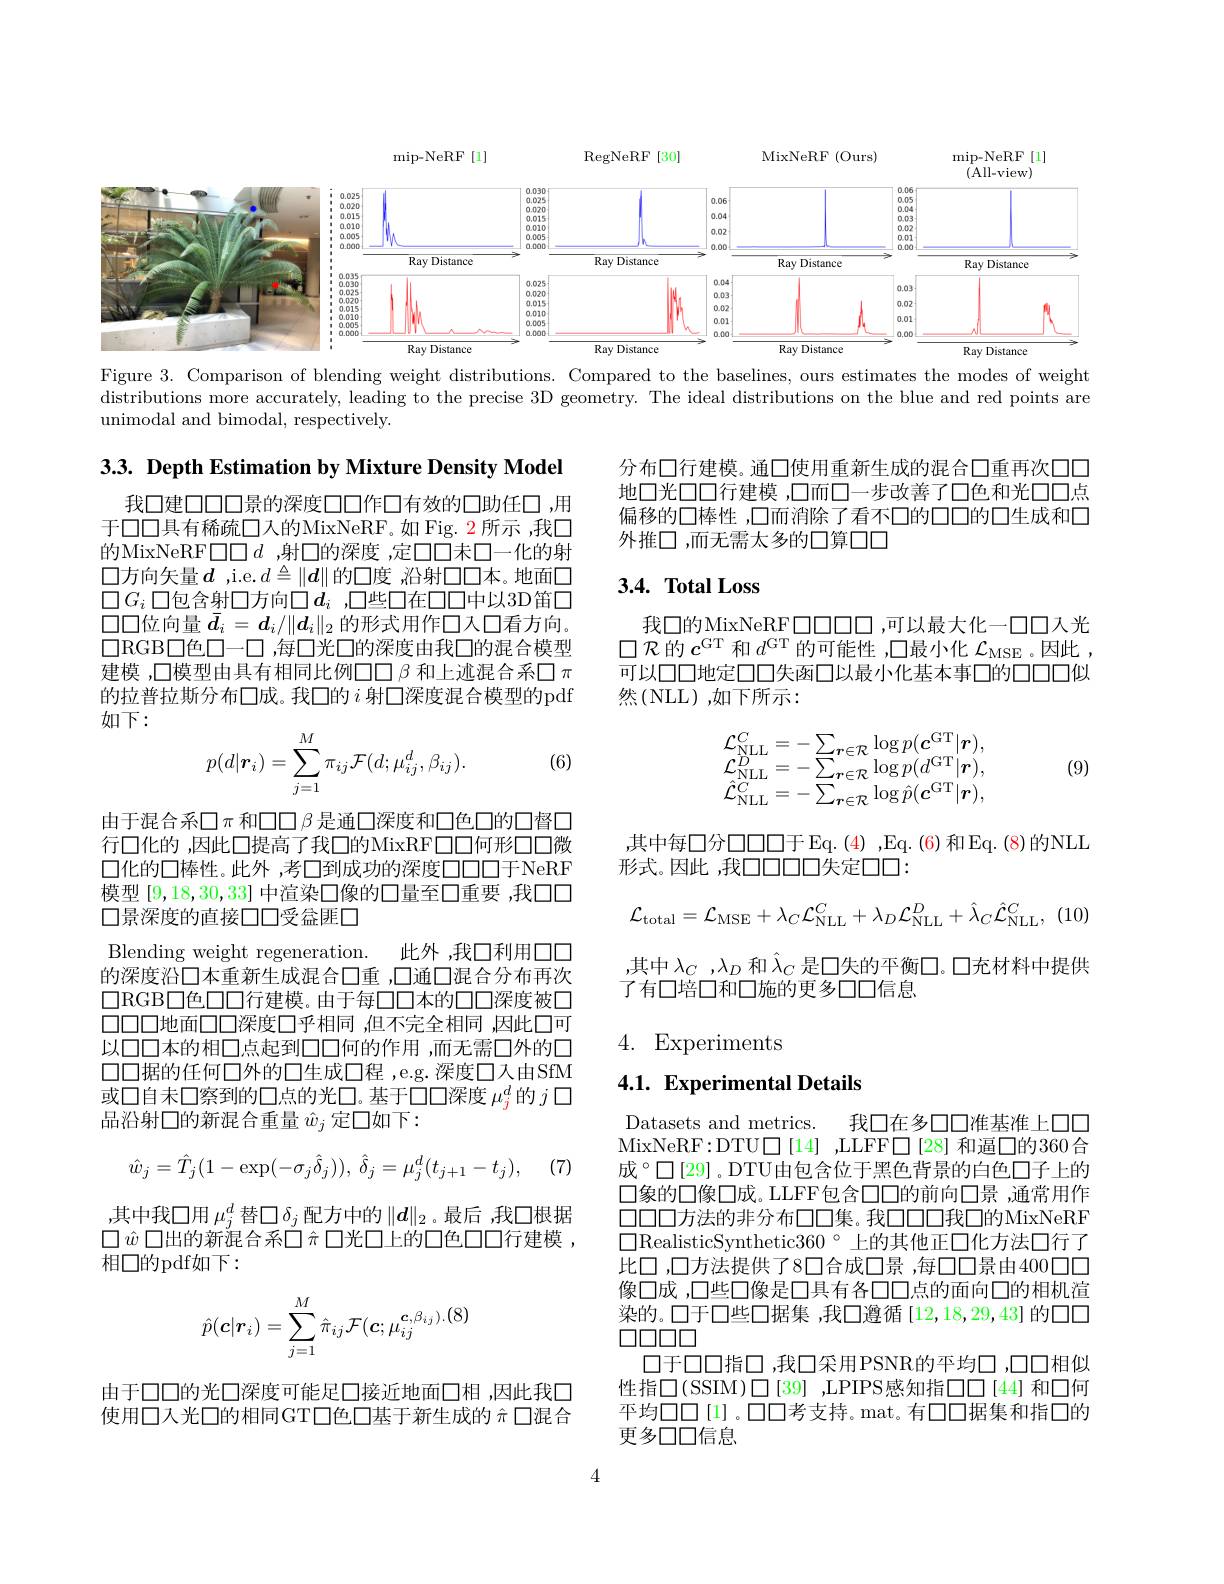
$\operatorname*{mip-NeRF}[1]$
RegNeRF[30]
MixNeRF ( Ours)
$\operatorname*{mip-NeRF}[1]$
<FigureHere>

Figure 3. Comparison of blending weight distributions. Compared to the baselines, ours estimates the modes of weight distributions more accurately, leading to the precise 3D geometry. The ideal distributions on the blue and red points are unimodal and bimodal, respectively.

3.3. Depth Estimation by Mixture Density Model

分布口行建模。通口使用重新生成的混合口重再次口口地口光口口行建模 ,口而口一步改善了口色和光口口点偏移的口棒性 ,口而消除了看不口的口口的口生成和口外推口，而无需太多的口算口口

## $3. 4. \textbf{ Total Loss}$

我口建口口口景的深度口口作口有效的口助任口 ,用于口口具有稀疏口人的MixNeRF。如 Fig. 2 所示 ,我口的MixNeRF$\square\square d$ ,射口的深度 ,定口口未口一化的射口方向矢量$d$ ,i.e.$d\triangleq\|\boldsymbol{d}\|$的口度 ,沿射口口本。地面口$\square G_i\square$包含射口方向$\square d_i$ ,口些口在口口中以3D笛口$\square\square$位向量$\bar{d}_i=d_i/\|d_i\|_2$的形式用作口入口看方向。口RGB口色口一口 ,每口光口的深度由我口的混合模型建模 ,口模型由具有相同比例口口$\beta$和上迹混合系口$\pi$ 的拉普拉斯分布口成。我口的$i$射口深度混合模型的pdf 如下：

我口的MixNeRFDODDD，可以最大化一口口入光$\square{\mathcal{R}}$的$c^\mathrm{GT}$ 和$d^\mathrm{GT}$的可能性 ,口最小化 $\mathcal{L}_\mathrm{MSE}$。因此 , 可以口口地定口口失函口以最小化基本事口的口口口似然(NLL),如下所示：

(6)
$$p(d|\boldsymbol{r}_i)=\sum_{j=1}^M\pi_{ij}\mathcal{F}(d;\mu_{ij}^d,\beta_{ij}).$$
$$\begin{array}{l}\mathcal{L}_{\mathrm{NLL}}^C=-\sum_{r\in\mathcal{R}}\log p(\boldsymbol{c}^{\mathrm{GT}}|\boldsymbol{r}),\\\mathcal{L}_{\mathrm{NLL}}^D=-\sum_{r\in\mathcal{R}}\log p(d^{\mathrm{GT}}|\boldsymbol{r}),\\\hat{\mathcal{L}}_{\mathrm{NLL}}^C=-\sum_{r\in\mathcal{R}}\log\hat{p}(\boldsymbol{c}^{\mathrm{GT}}|\boldsymbol{r}),\end{array}$$
(9)

其中每口分口口口于 Eq. (4) ,Eq. (6)和Eq. (8)的NLL
形式。因此，我口口口口失定口口：

由于混合系$\square\pi$和口口$\beta$是通口深度和口色口的口督口行口化的 ,因此口提高了我口的MixRF口口何形口口微口化的口棒性。此外，考□到成功的深度口口口于NeRF 模型[9,18,30,33]中渲染口像的口量至口重要 ,我口口口景深度的直接口口受盒匪口
$$\mathcal{L}_{\mathrm{total}}=\mathcal{L}_{\mathrm{MSE}}+\lambda_{C}\mathcal{L}_{\mathrm{NLL}}^{C}+\lambda_{D}\mathcal{L}_{\mathrm{NLL}}^{D}+\hat{\lambda}_{C}\hat{\mathcal{L}}_{\mathrm{NLL}}^{C},$$
,其中$\lambda_C,\lambda_D$ 和$\hat{\lambda}_C$ 是口失的平衡口。口充材料中提供
了有口培口和口施的更多口口信息

Blending weight regeneration.
此外，我口利用口口
的深度沿口本重新生成混合口重 ,口通口混合分布再次口RGB口色口口行建模。由于每口口本的口口深度被口口口口地面口口深度口乎相同，但不完全相同，因此口可以口口本的相口点起到口口何的作用 ,而无需口外的口$\square\square$据的任何口外的口生成口程，e.g.深度口入由SfM 或口自未口察到的口点的光口。基于口口深度$\mu_{j}^d$的$j$口品沿射口的新混合重量$\hat{w}_j$定口如下：

4. Experiments

## 4.1. Experimental Details
$$\hat{w}_{j}=\hat{T}_{j}(1-\exp(-\sigma_{j}\hat{\delta}_{j})),\:\hat{\delta}_{j}=\mu_{j}^{d}(t_{j+1}-t_{j}),$$
(7)

,其中我口用$\mu_j^d$替$\square\delta_j$配方中的$\|\boldsymbol{d}\|_2$。最后 ,我口根据$\square\hat{w}\square\ddot{\text{出的新混合系口 }\pi}\square$光口上的口色口口行建模， 相口的pdf如下：

Datasets and metrics.
我口在多口口准基准上口口
MixNeRF:DTU□[14] ,LLFF□[28] 和逼口的360合成°口[29]。DTU由包含位于黑色背景的白色口子上的口象的口像口成。LLFF包含口口的前向口景 ,通常用作$\square\square\square\square$方法的非分布口口集。我口口口我口的MixNeRF $\square$RealisticSynthetic360°上的其他正口化方法口行了比口 ,口方法提供了8口合成口景 ,每口口景由400口口像口成，口些口像是口具有各口口点的面向口的相机渲染的。口于口些口据集 ,我口遵循 [12,18,29,43] 的口口$\square\square\square\square\square$
口于口口指口，我口采用PSNR的平均口，口口相似性指$\square($SSIM)$\square[39]$ ,LPIPS感知指$\square\square$ [44] 和口何平均口口[1]。口口考支持。mat。有口口据集和指口的更多口口信息
$$\hat{p}(\boldsymbol{c}|\boldsymbol{r}_i)=\sum_{j=1}^M\hat{\pi}_{ij}\mathcal{F}(\boldsymbol{c};\mu_{ij}^{\boldsymbol{c},\beta_{ij}).(8)}$$
由于口口的光口深度可能足口接近地面口相 ,因此我口使用口入光口的相同GT口色口基于新生成的$\hat{\pi}$口混合

4